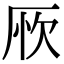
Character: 𠩦